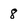
Character: 8